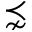
\precnsim